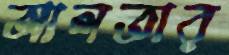
আলতার